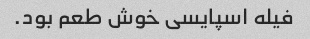
فیله اسپایسی خوش طعم بود.